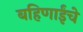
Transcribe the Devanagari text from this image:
बहिणाईंचे